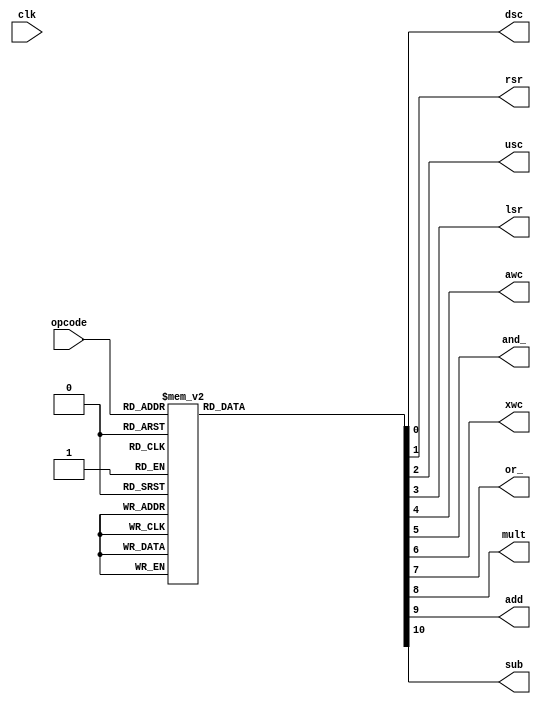
module control_unit(
    input clk,
    input [3:0] opcode,

    output reg dsc,
    output reg rsr,
    output reg usc,
    output reg lsr,
    output reg awc,
    output reg and_,
    output reg xwc,
    output reg or_,

    output reg mult,
    output reg add,
    output reg sub
);

    parameter case_nop = 4'b0000, // no operation
              case_mult = 4'b0001, // mult 2 matrix
              case_add = 4'b0010, // add 2 matrix
              case_sub = 4'b0011, // sub 2 matrix
              case_dsc = 4'b1000, // down shift column
              case_rsr = 4'b1001, // right shift row
              case_usc = 4'b1010, // up shift column
              case_lsr = 4'b1011, // left shift row
              case_awc = 4'b1100, // and with constant
              case_and_ = 4'b1101, // and 2 matrix
              case_xwc = 4'b1110, // xor with constant
              case_or_ = 4'b1111; // or 2 matrix


always @(clk)
begin
    case (opcode)
        case_nop: begin
                dsc = 0;
                rsr = 0;
                usc = 0;
                lsr = 0;
                awc = 0;
                and_ = 0;
                xwc = 0;
                or_ = 0;

                mult = 0;
                add = 0;
                sub = 0;
        end
        case_mult: begin
                dsc = 0;
                rsr = 0;
                usc = 0;
                lsr = 0;
                awc = 0;
                and_ = 0;
                xwc = 0;
                or_ = 0;

                mult = 1;
                add = 0;
                sub = 0;
        end
        case_add: begin
                dsc = 0;
                rsr = 0;
                usc = 0;
                lsr = 0;
                awc = 0;
                and_ = 0;
                xwc = 0;
                or_ = 0;

                mult = 0;
                add = 1;
                sub = 0;
        end
        case_sub: begin
                dsc = 0;
                rsr = 0;
                usc = 0;
                lsr = 0;
                awc = 0;
                and_ = 0;
                xwc = 0;
                or_ = 0;

                mult = 0;
                add = 0;
                sub = 1;
        end
        case_dsc: begin
                dsc = 1;
                rsr = 0;
                usc = 0;
                lsr = 0;
                awc = 0;
                and_ = 0;
                xwc = 0;
                or_ = 0;

                mult = 0;
                add = 0;
                sub = 0;
        end
        case_rsr: begin
                dsc = 0;
                rsr = 1;
                usc = 0;
                lsr = 0;
                awc = 0;
                and_ = 0;
                xwc = 0;
                or_ = 0;

                mult = 0;
                add = 0;
                sub = 0;
        end
        case_usc: begin
                dsc = 0;
                rsr = 0;
                usc = 1;
                lsr = 0;
                awc = 0;
                and_ = 0;
                xwc = 0;
                or_ = 0;

                mult = 0;
                add = 0;
                sub = 0;
        end
        case_lsr: begin
                dsc = 0;
                rsr = 0;
                usc = 0;
                lsr = 1;
                awc = 0;
                and_ = 0;
                xwc = 0;
                or_ = 0;

                mult = 0;
                add = 0;
                sub = 0;
        end
        case_awc: begin
                dsc = 0;
                rsr = 0;
                usc = 0;
                lsr = 0;
                awc = 1;
                and_ = 0;
                xwc = 0;
                or_ = 0;

                mult = 0;
                add = 0;
                sub = 0;
        end
        case_and_: begin
                dsc = 0;
                rsr = 0;
                usc = 0;
                lsr = 0;
                awc = 0;
                and_ = 1;
                xwc = 0;
                or_ = 0;

                mult = 0;
                add = 0;
                sub = 0;
        end
        case_xwc: begin
                dsc = 0;
                rsr = 0;
                usc = 0;
                lsr = 0;
                awc = 0;
                and_ = 0;
                xwc = 1;
                or_ = 0;

                mult = 0;
                add = 0;
                sub = 0;
        end
        case_or_: begin
                dsc = 0;
                rsr = 0;
                usc = 0;
                lsr = 0;
                awc = 0;
                and_ = 0;
                xwc = 0;
                or_ = 1;

                mult = 0;
                add = 0;
                sub = 0;
        end
        default: begin 
                dsc = 0;
                rsr = 0;
                usc = 0;
                lsr = 0;
                awc = 0;
                and_ = 0;
                xwc = 0;
                or_ = 0;

                mult = 0;
                add = 0;
                sub = 0;
        end
    endcase
end

endmodule